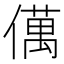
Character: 㒖